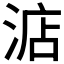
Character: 𣷀